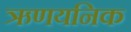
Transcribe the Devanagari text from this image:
ऋणयनिक